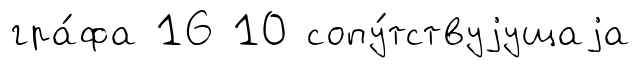
гра́фа 16 10 сопу́тствуjущаjа